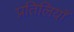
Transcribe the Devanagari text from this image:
प्रतिलियाँ